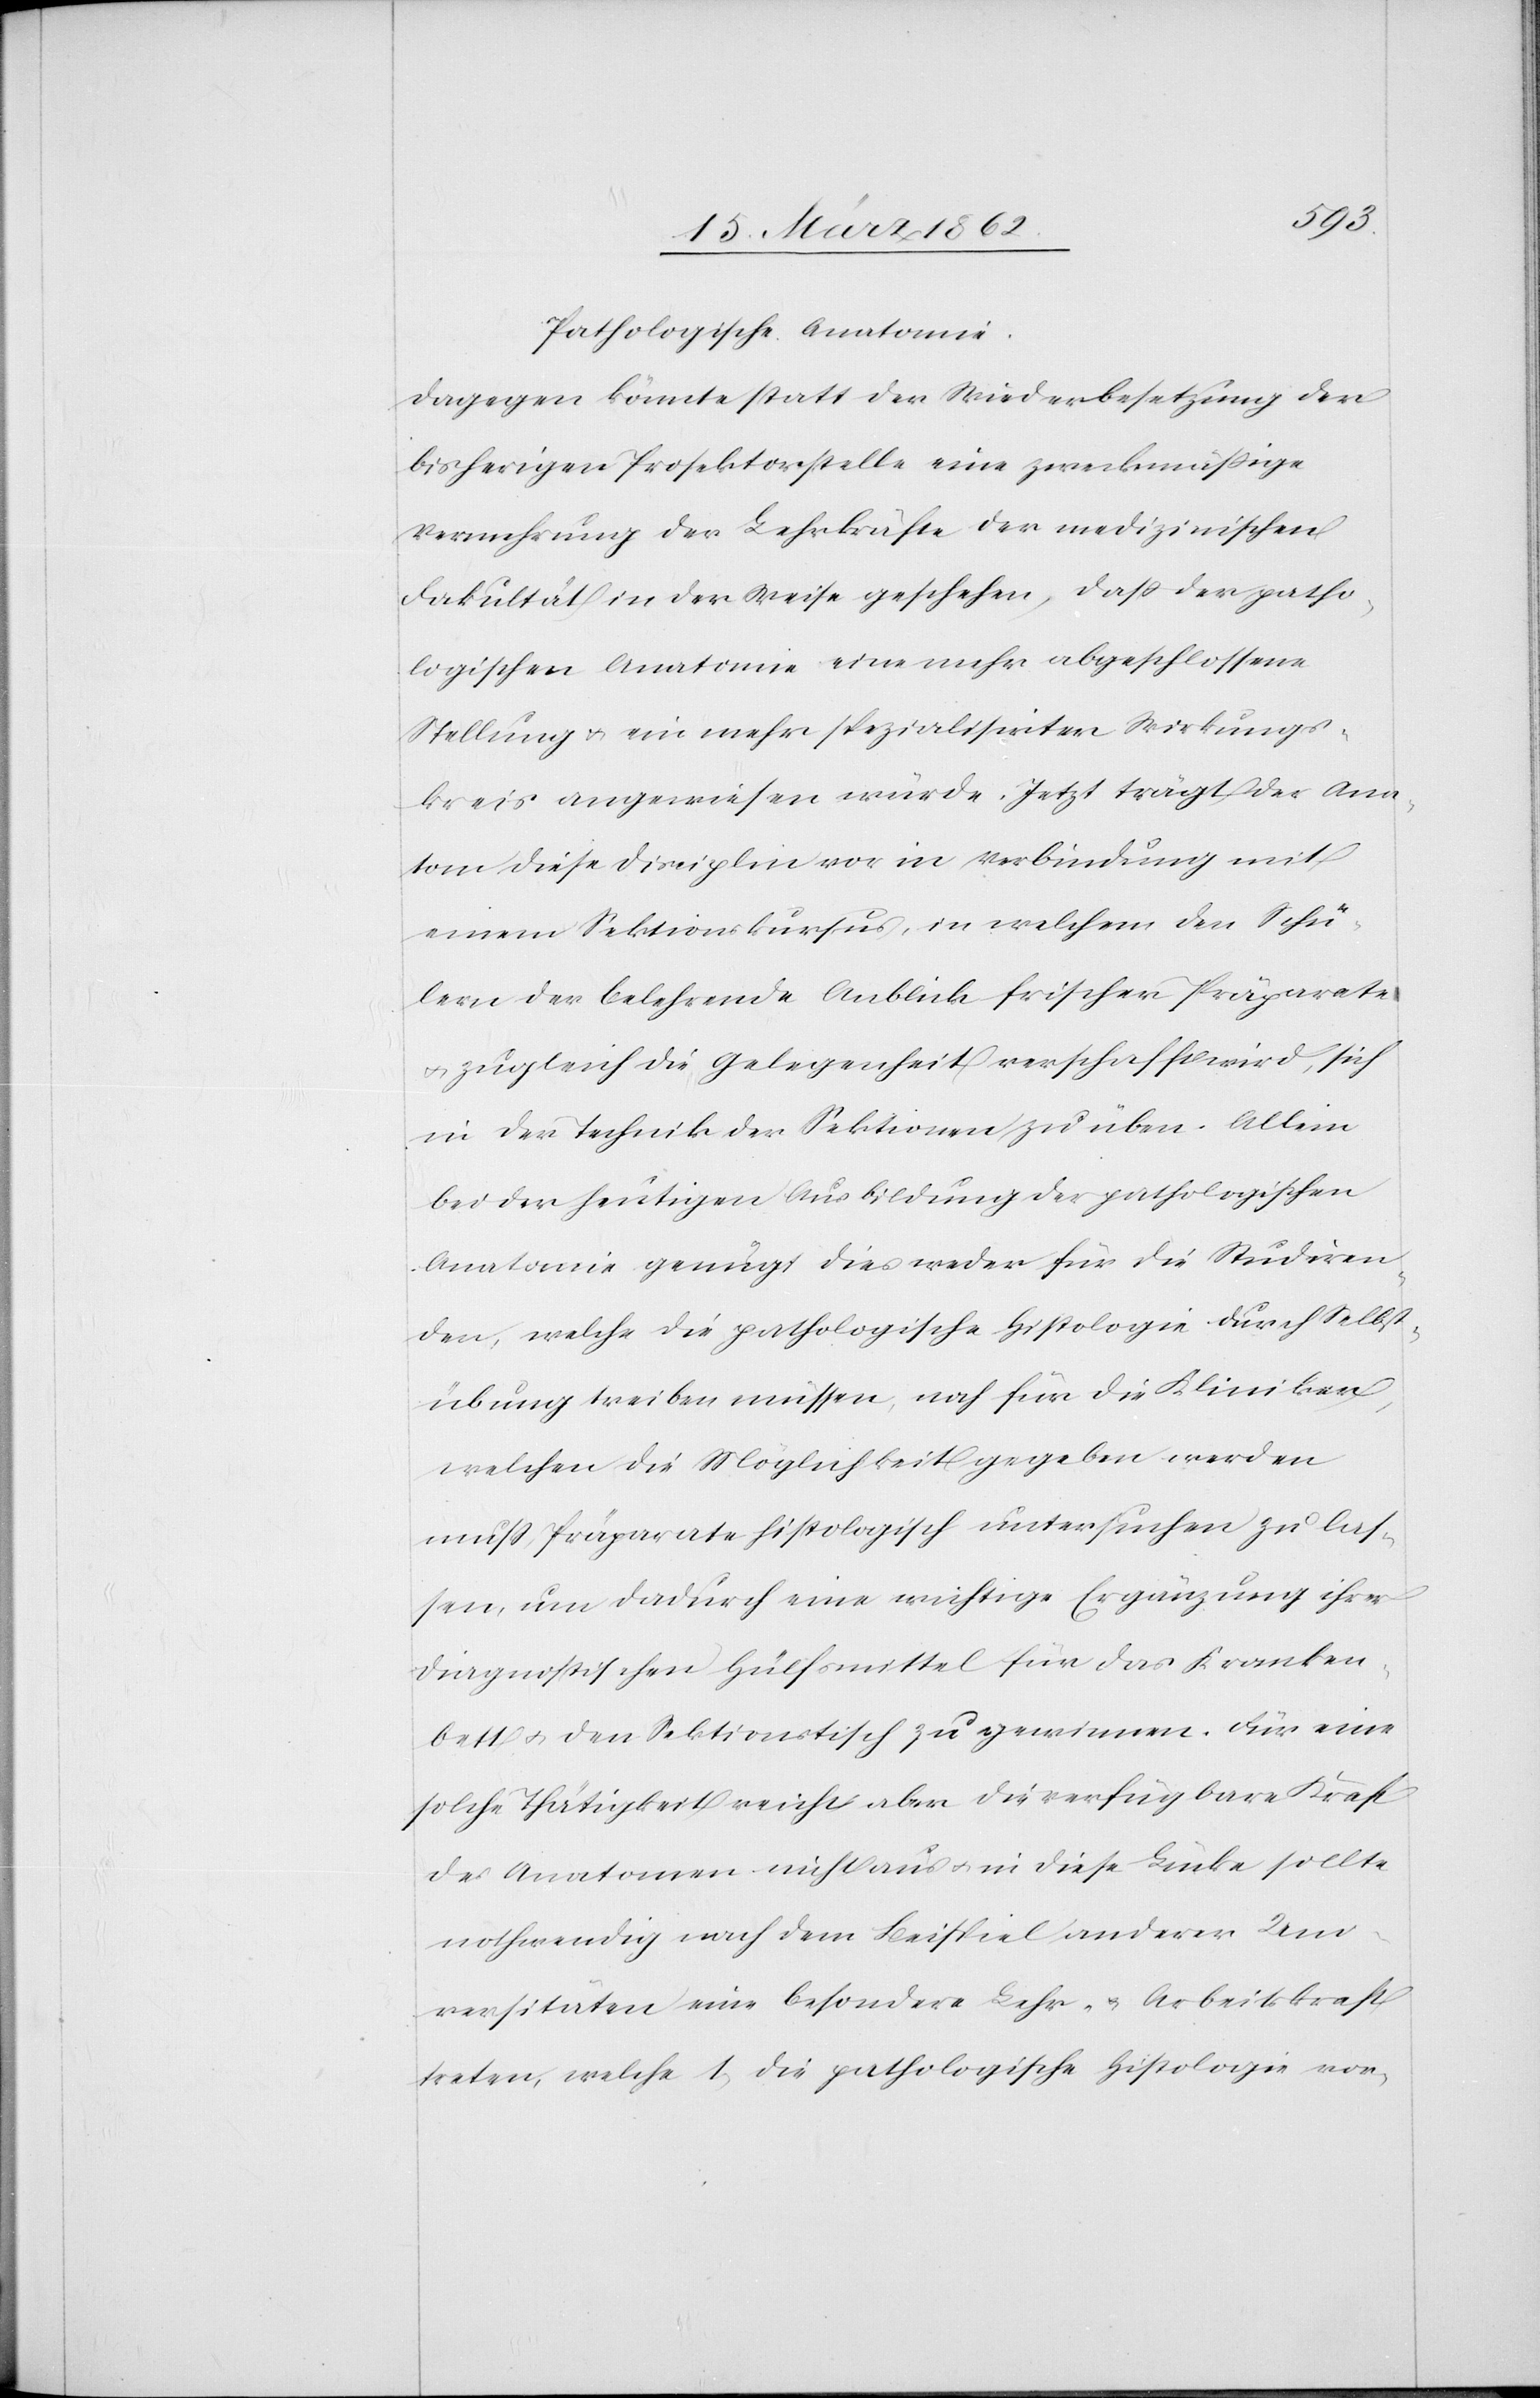
Pathologische Anatomie
Dagegen könnte statt der Wiederbesetzung der
bisherigen Prosektorstelle eine zweckmäßige
Vermehrung der Lehrkräfte der medizinischen
Fakultät in der Weise geschehen, daß der patho¬
logischen Anatomie eine mehr abgeschlossene
Stellung u. ein mehr spezialisirter Wirkungs¬
kreis angewiesen würde. Jetzt trägt der Ana¬
tom diese Disciplin vor in Verbindung mit
einem Sektionskursus, in welchem den Schü¬
lern der belehrende Anblick frischer Präparate
u. zugleich die Gelegenheit verschaffen wird, sich
in der Technik der Sektionen zu üben. Allein
bei der heutigen Ausbildung der pathologischen
Anatomie genügt dies weder für die Studiren¬
den, welche die pathologische Histologie durch Selbst¬
übung treiben müssen, noch für die Kliniker,
welchen die Möglichkeit gegeben werden
muß, Präparate histologisch untersuchen zu las¬
sen, um dadurch eine wichtige Ergänzung ihrer
diagnostischen Hülfsmittel für das Kranken¬
bett u. den Sektionstisch zu gewinnen. Für eine
solche Thätigkeit reicht aber die verfügbare Kraft
des Anatomen nicht aus u. in diese Lücke sollte
nothwendig nach dem Beispiel anderer Uni¬
versitäten eine besondere Lehr- u. Arbeitskraft
treten, welche 1) die pathologische Histologie vor-